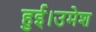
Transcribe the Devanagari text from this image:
हुई।उमेश